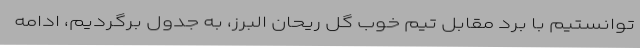
توانستیم با برد مقابل تیم خوب گل ریحان البرز، به جدول برگردیم، ادامه